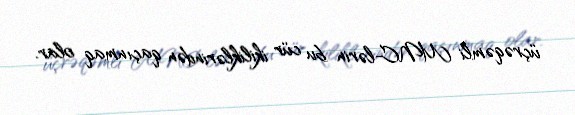
üçrəqəmli MNC-lərin bu cür ikiliklərindən qaçınmaq olar.